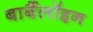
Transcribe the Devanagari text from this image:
बार्बैलॉइन